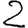
Digit: 2